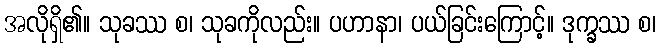
အလိုရှိ၏။ သုခဿ စ၊ သုခကိုလည်း။ ပဟာနာ၊ ပယ်ခြင်းကြောင့်။ ဒုက္ခဿ စ၊